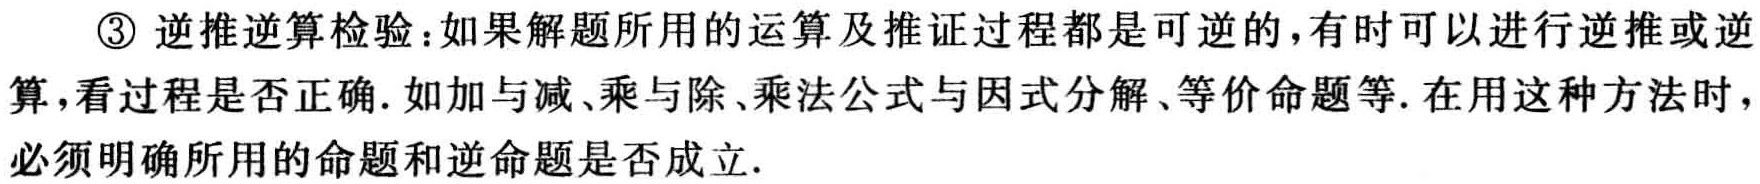
\textcircled{3} 逆推逆算检验：如果解题所用的运算及推证过程都是可逆的，有时可以进行逆推或逆算，看过程是否正确. 如加与减、乘与除、乘法公式与因式分解、等价命题等. 在用这种方法时，必须明确所用的命题和逆命题是否成立.